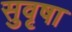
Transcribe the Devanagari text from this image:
सुवृषा